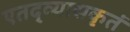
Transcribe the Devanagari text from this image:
एतद्व्यासकृतं